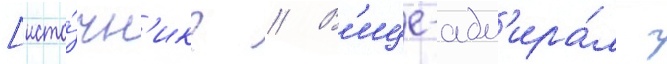
[исто́чн'ик? // В'ице-адм'ира́л г